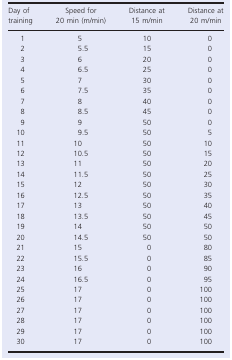
| Day of training | Speed for 20 min (m/min) | Distance at 15 m/min | Distance at 20 m/min |
 | --- | --- | --- | --- |
 | 1 | 5 | 10 | 0 |
 | 2 | 5.5 | 15 | 0 |
 | 3 | 6 | 20 | 0 |
 | 4 | 6.5 | 25 | 0 |
 | 5 | 7 | 30 | 0 |
 | 6 | 7.5 | 35 | 0 |
 | 7 | 8 | 40 | 0 |
 | 8 | 8.5 | 45 | 0 |
 | 9 | 9 | 50 | 0 |
 | 10 | 9.5 | 50 | 5 |
 | 11 | 10 | 50 | 10 |
 | 12 | 10.5 | 50 | 15 |
 | 13 | 11 | 50 | 20 |
 | 14 | 11.5 | 50 | 25 |
 | 15 | 12 | 50 | 30 |
 | 16 | 12.5 | 50 | 35 |
 | 17 | 13 | 50 | 40 |
 | 18 | 13.5 | 50 | 45 |
 | 19 | 14 | 50 | 50 |
 | 20 | 14.5 | 50 | 50 |
 | 21 | 15 | 0 | 80 |
 | 22 | 15.5 | 0 | 85 |
 | 23 | 16 | 0 | 90 |
 | 24 | 16.5 | 0 | 95 |
 | 25 | 17 | 0 | 100 |
 | 26 | 17 | 0 | 100 |
 | 27 | 17 | 0 | 100 |
 | 28 | 17 | 0 | 100 |
 | 29 | 17 | 0 | 100 |
 | 30 | 17 | 0 | 100 |